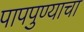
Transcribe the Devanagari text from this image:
पापपुण्याचा